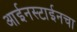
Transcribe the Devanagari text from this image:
आईनस्टाईनचा